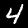
Label: 4